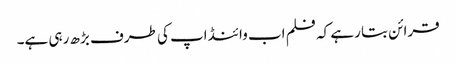
قرائن بتا رہے کہ فلم اب وائنڈ اپ کی طرف بڑھ رہی ہے۔